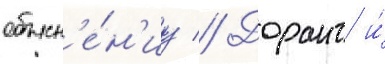
объясн'е́н'иу // Дорант и́